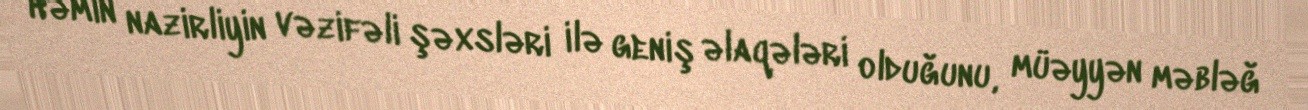
Həmin nazirliyin vəzifəli şəxsləri ilə geniş əlaqələri olduğunu, müəyyən məbləğ